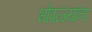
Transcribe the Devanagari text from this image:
भोपळ्यांना